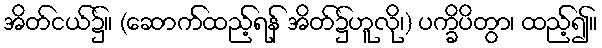
အိတ်ငယ်၌။ (ဆောက်ထည့်ရန် အိတ်၌ဟူလို၊) ပက္ခိပိတွာ၊ ထည့်၍။